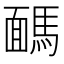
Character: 𩤤